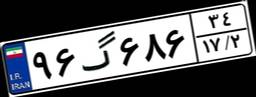
۹۶گ۶۸۶۳۴